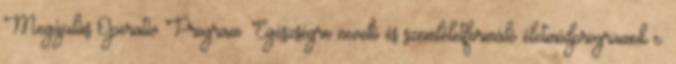
Megújulás Operatív Program. Egészségre nevelő és szemléletformáló életmódprogramok c.